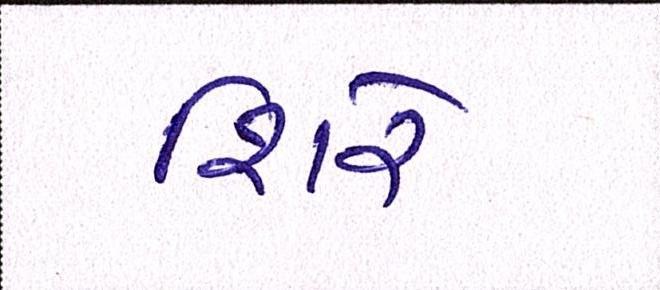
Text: શિરે